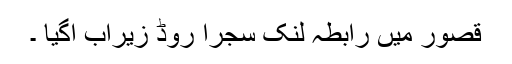
قصور میں رابطہ لنک سجرا روڈ زیرآب آگیا ۔